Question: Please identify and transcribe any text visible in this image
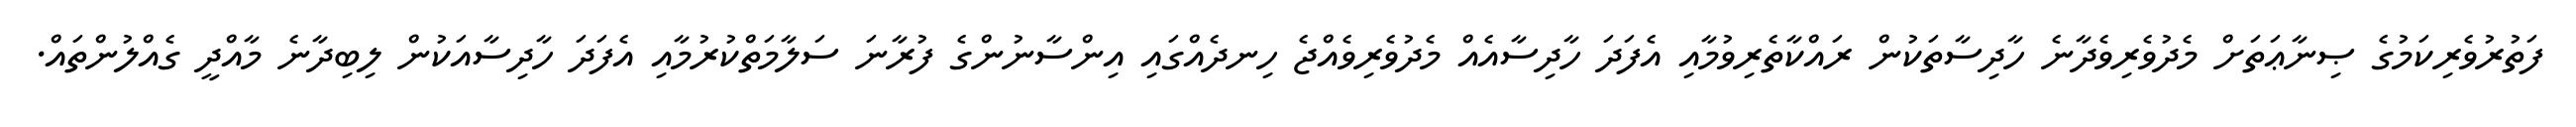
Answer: ފަތުރުވެރިކަމުގެ ޞިނާޢަތަށް މެދުވެރިވެދާނެ ހާދިސާތަކުން ރައްކާތެރިވުމާއި އެފަދަ ހާދިސާއެއް މެދުވެރިވެއްޖެ ހިނދެއްގައި އިންސާނުންގެ ފުރާނަ ސަލާމަތްކުރުމާއި އެފަދަ ހާދިސާއަކުން ލިބިދާނެ މާއްދީ ގެއްލުންތައް.